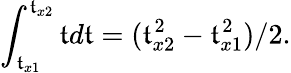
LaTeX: \int_{\mathfrak{t}_{x1}}^{\mathfrak{t}_{x2}}\mathfrak{t}d\mathfrak{t}=(\mathfrak{t}_{x2}^{2}-\mathfrak{t}_{x1}^{2})/2.